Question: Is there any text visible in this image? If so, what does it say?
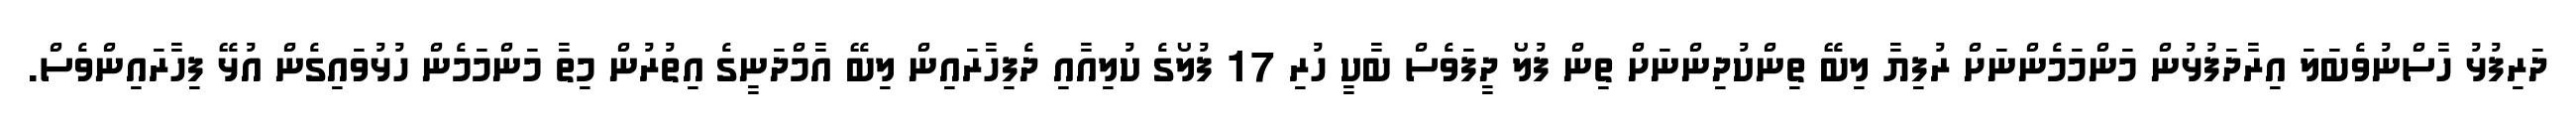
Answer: ދަރިފުޅު ހާސްނުވެބަލަ އިރާދަފުޅުން މަންމަމެންނަށް ރުފިޔާ ލިބޭ ތިންކުދިންނަށް ތިން ފުލޯ ދީފަވެސް ބާކީ ހުރި 17 ފުލޯގެ ކުލިއާއި ދެފިހާރައިން ލިބޭ އާމްދަނީގެ އިތުރުން މިތާ މަންމަމެން ހުޅުވައިގެން އުޅޭ ފިހާރައިންވެސް.